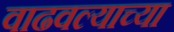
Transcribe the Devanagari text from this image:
वाढवल्याच्या